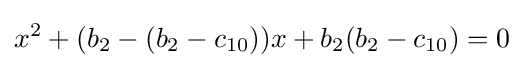
x^{2}+(b_{2}-(b_{2}-c_{10}))x+b_{2}(b_{2}-c_{10})=0